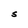
Character: S